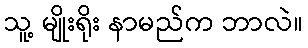
သူ့ မျိုးရိုး နာမည်က ဘာလဲ။